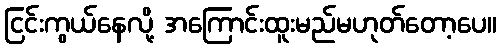
ငြင်းကွယ်နေလို့ အကြောင်းထူးမည်မဟုတ်တော့ပေ။